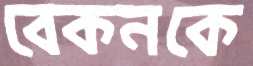
বেকনকে